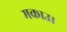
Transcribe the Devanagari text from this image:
मकाउ।